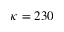
\kappa = 2 3 0